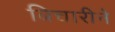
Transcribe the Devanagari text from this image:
बिचारीने